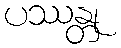
ပဿန္တု